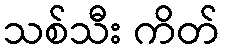
သစ်သီး ကိတ်